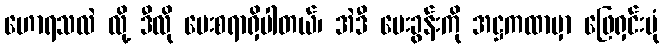
ဟောရသလဲ လို့ ဒီလို မေးစရာရှိပါတယ်၊ အဲဒီ မေးခွန်းကို အဋ္ဌကထာမှာ ဖြေရှင်းပုံ